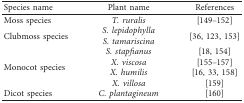
| Species name | Plant name | References |
 | --- | --- | --- |
 | Moss species | T. ruralis | [149–152] |
 | <ROWSPAN=2> Clubmoss species | S. lepidophylla | <ROWSPAN=2> [36, 123, 153] |
 | S. tamariscina |
 | <ROWSPAN=4> Monocot species | S. stapfianus | [18, 154] |
 | X. viscosa | [155–157] |
 | X. humilis | [16, 33, 158] |
 | X. villosa | [159] |
 | Dicot species | C. plantagineum | [160] |